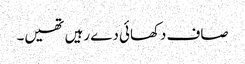
صاف دکھائی دے رہیں تھیں۔